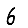
Digit: 6